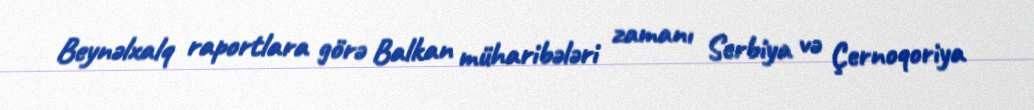
Beynəlxalq raportlara görə Balkan müharibələri zamanı Serbiya və Çernoqoriya